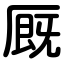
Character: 厩